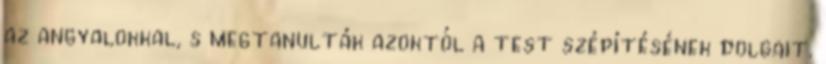
az angyalokkal, s megtanulták azoktól a test szépítésének dolgait.